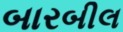
બારબીલ